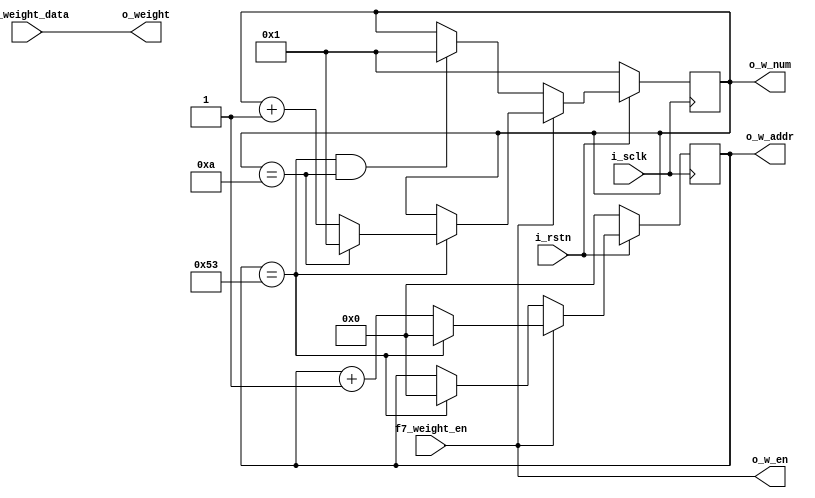
`timescale 1ns / 1ps
//////////////////////////////////////////////////////////////////////////////////
// Company: 
// Engineer: 
// 
// Design Name: 
// Module Name: buffer_f7_weight
// Project Name: 
// Target Devices: 
// Tool Versions: 
// Description: 
// 
// Dependencies: 
// 
// Revision:
// Revision 0.01 - File Created
// Additional Comments:
// 
//////////////////////////////////////////////////////////////////////////////////


module buffer_f7_weight#(
	parameter			WD  = 8,
	parameter			NW  = 84,
	parameter			NUM = 10
)(
	input	wire			i_sclk,
	input	wire			i_rstn,
	
	input   wire[WD-1:0]           f7_weight_data,
        input   wire                  f7_weight_en,
	
	output	wire			o_w_en,
	output	wire[7:0]		o_w_num,
	output	wire[WD-1:0]	        o_weight,
	output	wire[7:0]		o_w_addr
);

//------------------------------------------//
//					PARAM					//
//------------------------------------------//
parameter	PARA_NUM = NW*NUM;
//------------------------------------------//
//					SIGNAL					//
//------------------------------------------//

reg [7:0]		cnt_nw;
reg [7:0]		cnt_num;

//------------------------------------------//
//					CODE					//
//------------------------------------------//

always @(posedge i_sclk)
  if(!i_rstn)
    cnt_nw <= 'd0;
  else
  begin
	if(f7_weight_en)
	begin
		if(cnt_nw==NW-1)	cnt_nw <= 'd0;
		else				cnt_nw <= cnt_nw + 'd1;
	end
	else					
	begin
		if(cnt_nw==NW-1)	cnt_nw <= 'd0;
		else				cnt_nw <= cnt_nw;
	end
  end

always @(posedge i_sclk)
  if(!i_rstn)
    cnt_num <= 'd1;
  else
  begin
	if(f7_weight_en)
	begin
		if(cnt_nw==NW-1)
		begin
			if(cnt_num==NUM)	cnt_num <= 'd1;
			else				cnt_num <= cnt_num + 'd1;
		end
	end
	else
	begin
      if(cnt_nw==NW-1 && cnt_num==NUM)	  
	    cnt_num <= 'd1;
	  else
	    cnt_num <= cnt_num;
	end
  end

assign o_w_en = f7_weight_en;
assign o_w_num = cnt_num;
assign o_weight = f7_weight_data;
assign o_w_addr = cnt_nw;

endmodule